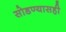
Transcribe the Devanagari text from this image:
सोडण्यासही